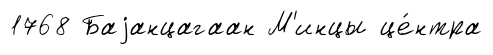
1768 Баjанцагаан М'инцы це́нтра